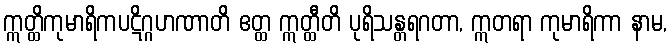
ဣတ္ထိကုမာရိကပဋိဂ္ဂဟဏာတိ ဧတ္ထ ဣတ္ထီတိ ပုရိသန္တရဂတာ, ဣတရာ ကုမာရိကာ နာမ,